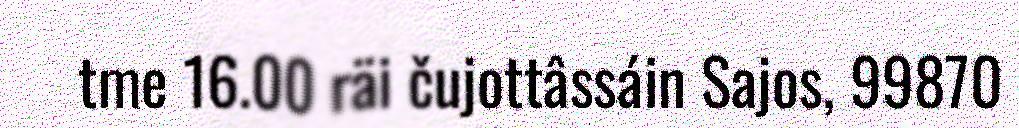
tme 16.00 räi čujottâssáin Sajos, 99870